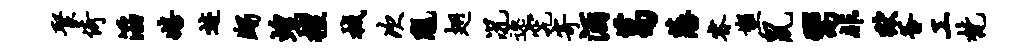
聚倚滔嬉迹蠲蝗擅械次陇翅况逸究寄酒葛藩睿塑鼠鬻非狱釜工梵